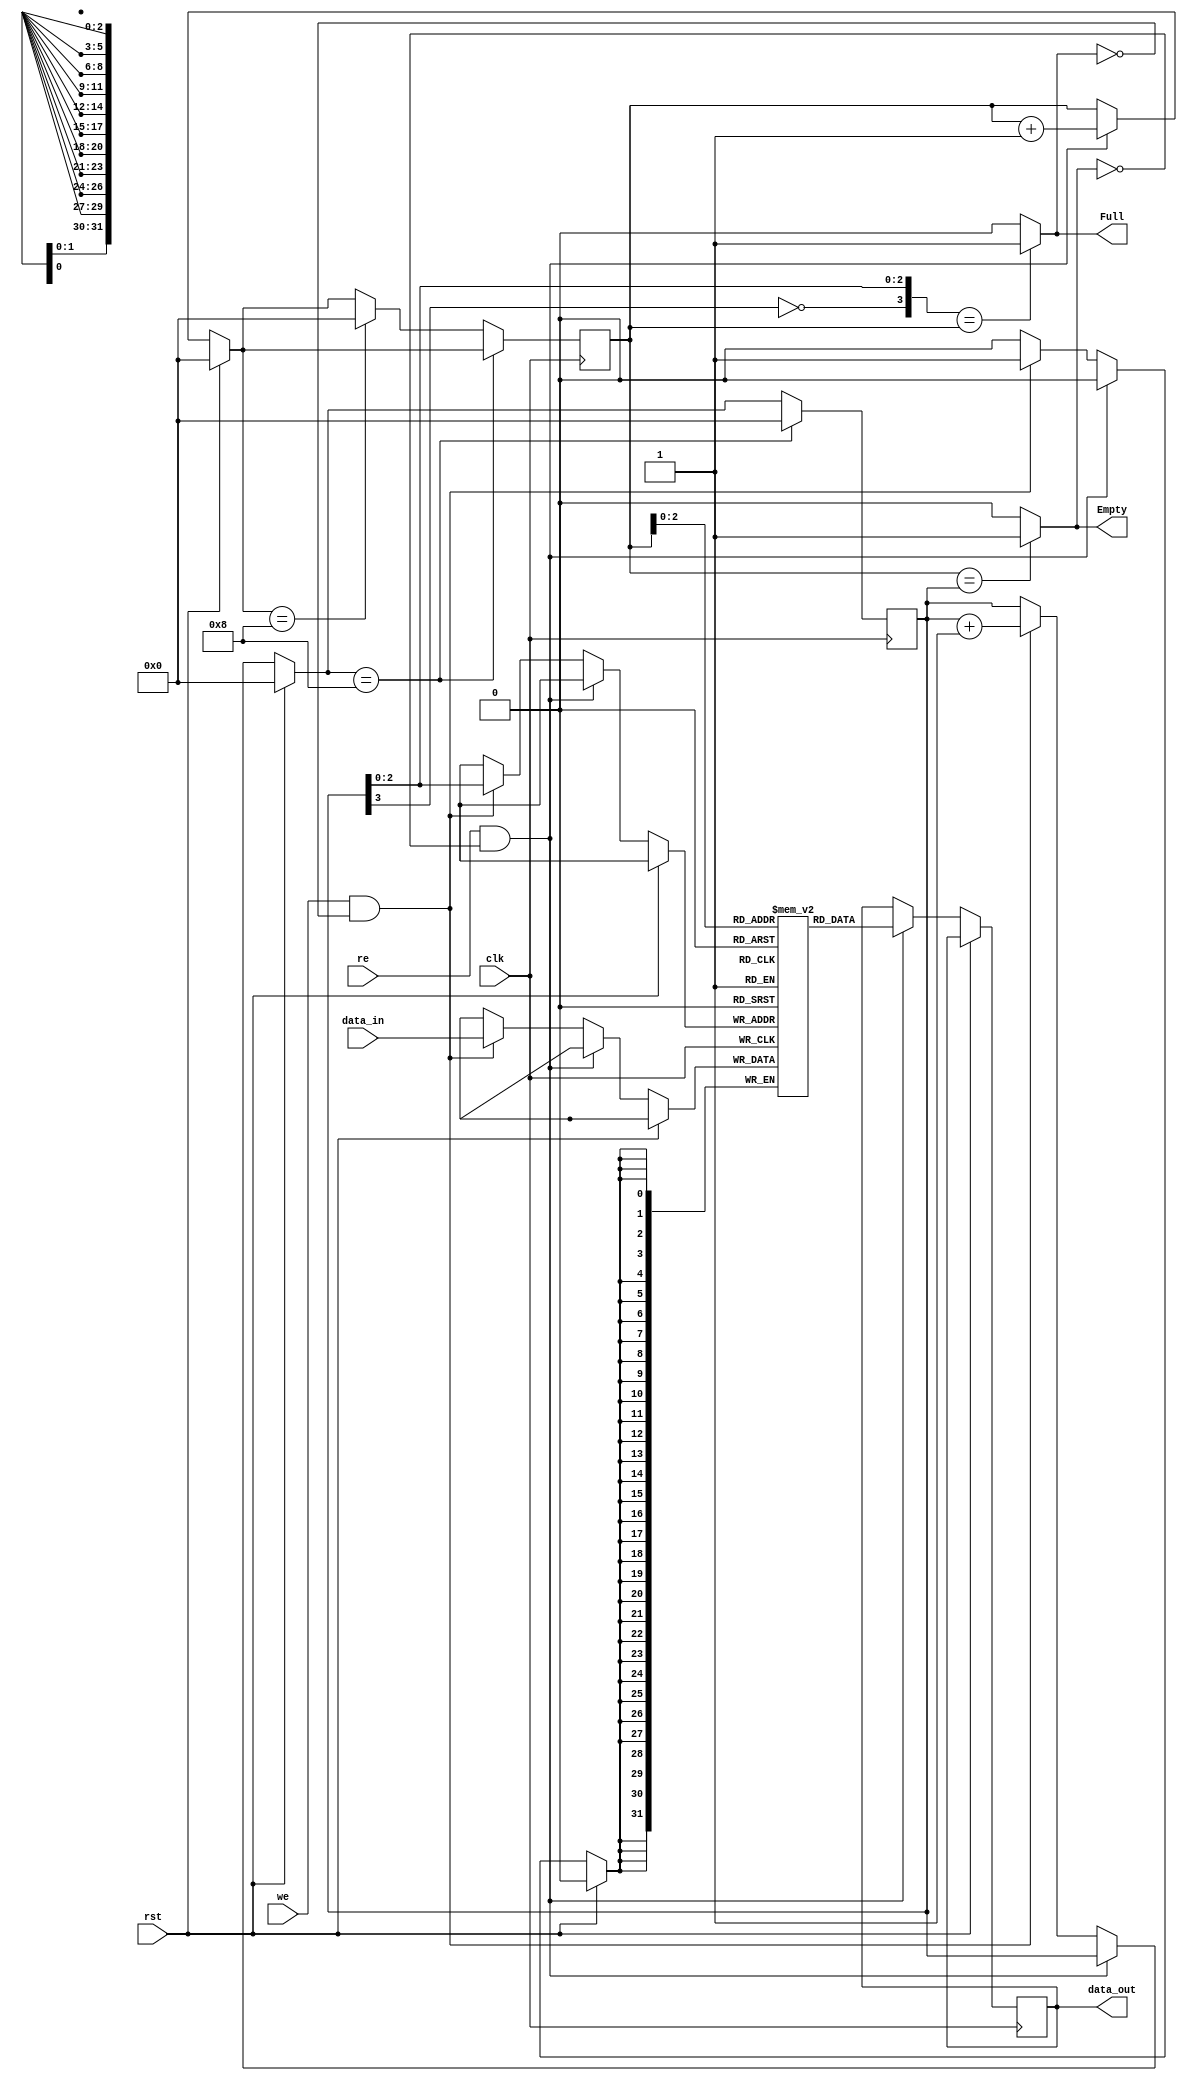
module FIFObuffer
#(	parameter Datawidth = 32,
	parameter fifo_len = 8)
(
	input [31:0] data_in,
	input clk,
	input re,
	input rst,
	input we,
	output reg [31:0] data_out,
	output Empty,
	output Full
);

//Declaration of the FIFO memory
reg[Datawidth-1:0] FIFO[fifo_len-1:0];
reg [3:0] rptr;
reg [3:0] wptr;
assign Empty= (rptr == wptr)?1'b1:1'b0;
//One design technique used to distinguish between full and empty is to add an extra bit to each pointer. When the
//write pointer increments past the final FIFO address, the write pointer will increment the unused MSB while setting
//the rest of the bits back to zero as shown in Figure 1 (the FIFO has wrapped and toggled the pointer MSB). The
//same is done with the read pointer. If the MSBs of the two pointers are different, it means that the write pointer has
//wrapped one more time that the read pointer. If the MSBs of the two pointers are the same, it means that both
//pointers have wrapped the same number of times.
//assign Full= (~wptr[3],wptr[2:0] == rptr)?1'b1:1'b0;

assign Full= ({~wptr[3],wptr[2:0]} == rptr)?1'b1:1'b0;

always @(posedge clk)
begin
	if (rst) begin
		rptr = 0;
		wptr = 0;
	end
	else if(re == 1'b1 && Empty != 1 ) begin
		data_out = FIFO[rptr];
		rptr = rptr +1;
	end
	else if(we== 1'b1 && Full != 1 ) begin
		FIFO[wptr] = data_in;
		wptr = wptr+1;
	end
	//In a circular manner the wptr and rptr will be again pointed to initial
	//location if the FIFO is full
	//The MSB bit is used to check the FIFO full condition
	if(wptr == 8) begin
		wptr = 0;
	end
	else if(rptr == 8) begin
		rptr = 0;
	end
end
endmodule